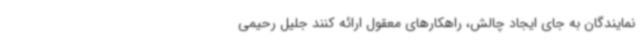
نمایندگان به جای ایجاد چالش، راهکارهای معقول ارائه کنند جلیل رحیمی